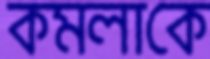
কমলাকে